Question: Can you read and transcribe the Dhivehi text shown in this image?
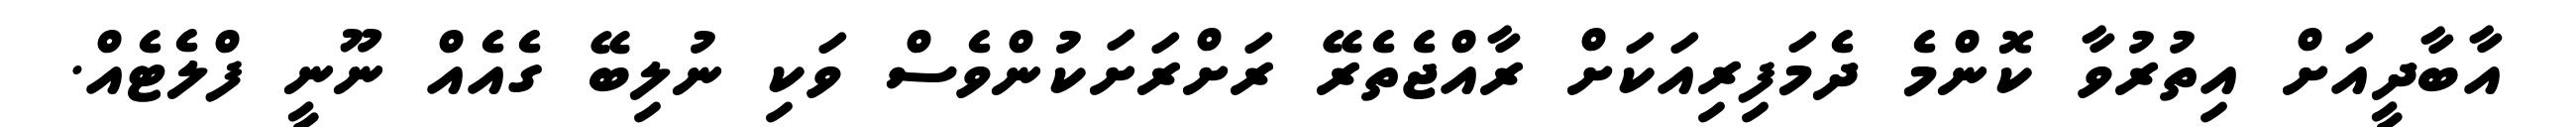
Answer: އާބާދީއަށް އިތުރުވާ ކޮންމެ ދެމަފިރިއަކަށް ރާއްޖެތެރޭ ރަށްރަށަކުންވެސް ވަކި ނުލިބޭ ގެއެއް ނޫނީ ފްލެޓެއް.